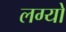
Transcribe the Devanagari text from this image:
लग्‍यो